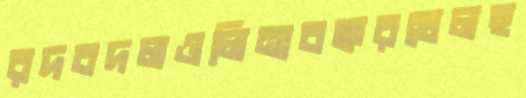
রদবদলওলিনাবক্করখেলছ